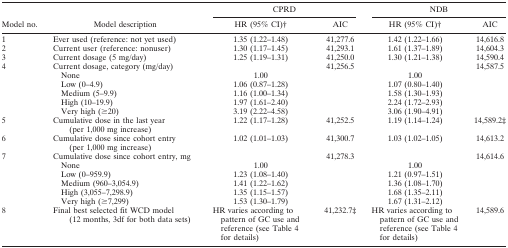
<table><thead><tr><td></td><td></td><td colspan="2"><b>CPRD</b></td><td colspan="2"><b>NDB</b></td></tr><tr><td><b>Model no.</b></td><td><b>Model description</b></td><td><b>HR (95% CI)b</b></td><td><b>AIC</b></td><td><b>HR (95% CI)†</b></td><td><b>AIC</b></td></tr></thead><tbody><tr><td>1</td><td>Ever used (reference: not yet used)</td><td>1.35 (1.22–1.48)</td><td>41,277.6</td><td>1.42 (1.22–1.66)</td><td>14,616.8</td></tr><tr><td>2</td><td>Current user (reference: nonuser)</td><td>1.30 (1.17–1.45)</td><td>41,293.1</td><td>1.61 (1.37–1.89)</td><td>14,604.3</td></tr><tr><td>3</td><td>Current dosage (5 mg/day)</td><td>1.25 (1.19–1.31)</td><td>41,250.0</td><td>1.30 (1.21–1.38)</td><td>14,590.4</td></tr><tr><td rowspan="6">4</td><td>Current dosage, category (mg/day)</td><td></td><td>41,256.5</td><td></td><td rowspan="6">14,587.5</td></tr><tr><td>None</td><td>1.00</td><td></td><td>1.00</td></tr><tr><td>Low (0–4.9)</td><td>1.06 (0.87–1.28)</td><td></td><td>1.07 (0.80–1.40)</td></tr><tr><td>Medium (5–9.9)</td><td>1.16 (1.00–1.34)</td><td></td><td>1.58 (1.30–1.93)</td></tr><tr><td>High (10–19.9)</td><td>1.97 (1.61–2.40)</td><td></td><td>2.24 (1.72–2.93)</td></tr><tr><td>Very high (≥20)</td><td>3.19 (2.22–4.58)</td><td></td><td>3.06 (1.90–4.91)</td></tr><tr><td>5</td><td>Cumulative dose in the last year (per 1,000 mg increase)</td><td>1.22 (1.17–1.28)</td><td>41,252.5</td><td>1.19 (1.14–1.24)</td><td>14,589.2‡</td></tr><tr><td>6</td><td>Cumulative dose since cohort entry (per 1,000 mg increase)</td><td>1.02 (1.01–1.03)</td><td>41,300.7</td><td>1.03 (1.02–1.05)</td><td>14,613.2</td></tr><tr><td rowspan="6">7</td><td>Cumulative dose since cohort entry, mg</td><td></td><td>41,278.3</td><td></td><td>14,614.6</td></tr><tr><td>None</td><td>1.00</td><td></td><td>1.00</td><td></td></tr><tr><td>Low (0–959.9)</td><td>1.23 (1.08–1.40)</td><td></td><td>1.21 (0.97–1.51)</td><td></td></tr><tr><td>Medium (960–3,054.9)</td><td>1.41 (1.22–1.62)</td><td></td><td>1.36 (1.08–1.70)</td><td></td></tr><tr><td>High (3,055–7,298.9)</td><td>1.35 (1.15–1.57)</td><td></td><td>1.68 (1.35–2.11)</td><td></td></tr><tr><td>Very high (≥7,299)</td><td>1.53 (1.30–1.79)</td><td></td><td>1.67 (1.31–2.12)</td><td></td></tr><tr><td>8</td><td>Final best selected fit WCD model (12 months, 3df for both data sets)</td><td>HR varies according to pattern of GC use and reference (see Table 4 for details)</td><td>41,232.7c</td><td>HR varies according to pattern of GC use and reference (see Table 4 for details)</td><td>14,589.6</td></tr></tbody></table>